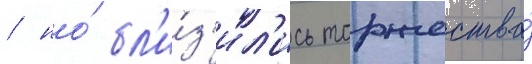
/ но́ бл'и́з'ил'ись торжества́